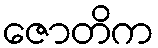
ဇောတိက